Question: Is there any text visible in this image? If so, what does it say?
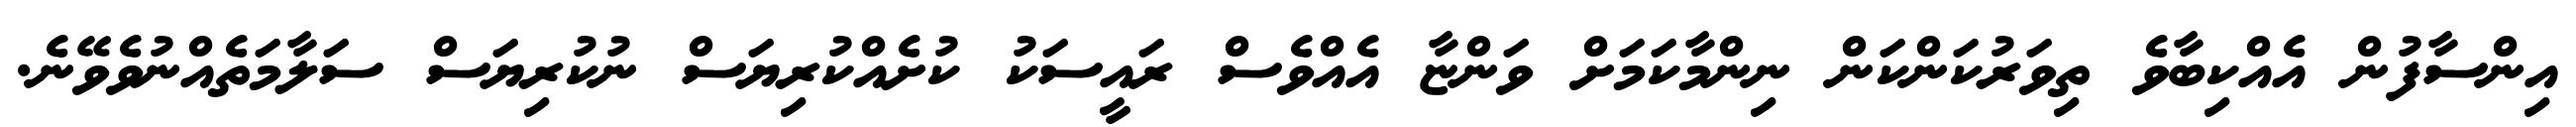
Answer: އިންސާފުން އެއްކިބާވެ ތިވަރުކަންކަން ނިންމާކަމަށް ވަންޏާ އެއްވެސް ރައީސަކު ކުށެއްކުރިޔަސް ނުކުރިޔަސް ސަލާމަތެއްނުވެވޭނެ.